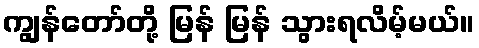
ကျွန်တော်တို့ မြန် မြန် သွားရလိမ့်မယ်။